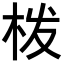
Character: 𭩰